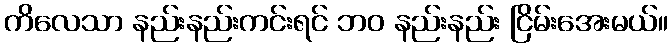
ကိလေသာ နည်းနည်းကင်းရင် ဘဝ နည်းနည်း ငြိမ်းအေးမယ်။